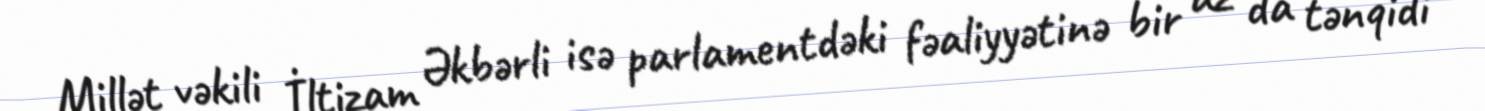
Millət vəkili İltizam Əkbərli isə parlamentdəki fəaliyyətinə bir az da tənqidi